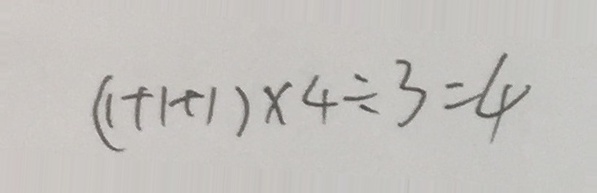
( 1 + 1 + 1 ) \times 4 \div 3 = 4